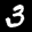
Label: 3